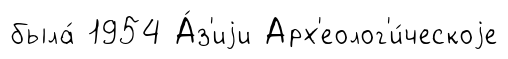
была́ 1954 А́з'иjи Арх'еолог'и́ческоjе